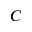
C